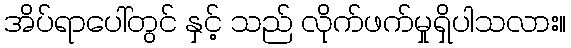
အိပ်ရာပေါ်တွင် နှင့် သည် လိုက်ဖက်မှုရှိပါသလား။